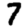
Digit: 7